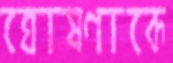
ঘোষণাকে